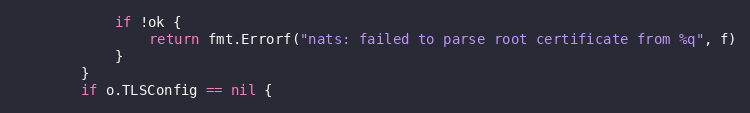
Language: Go
			if !ok {
				return fmt.Errorf("nats: failed to parse root certificate from %q", f)
			}
		}
		if o.TLSConfig == nil {